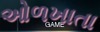
ઓળખાતા